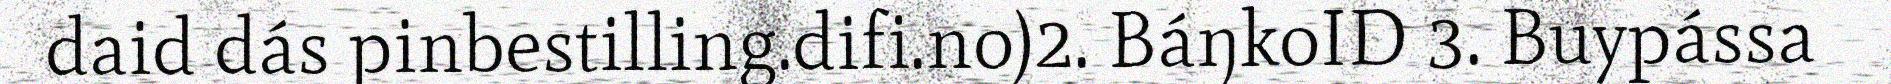
daid dás pinbestilling.difi.no)2. BáŋkoID 3. Buypássa